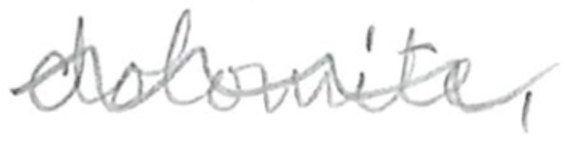
Text: dolomite,
Cross-out: wave
Writing tool: pencil